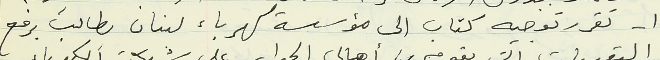
١ - تقرر توجيه كتاب الى مؤسسة كهرباء لبنان يطالب برفع